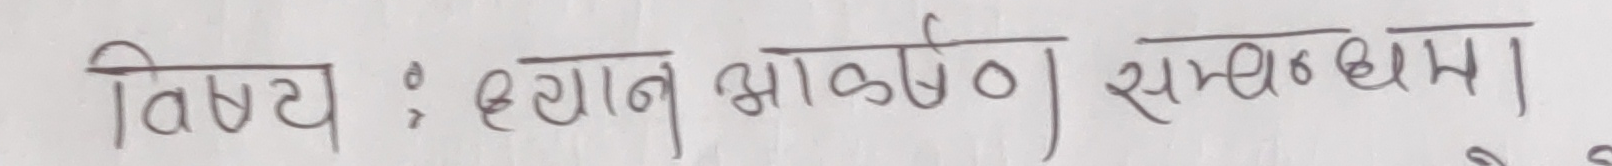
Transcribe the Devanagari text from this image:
विषय : ध्यान आकर्षण सम्बन्धमा।